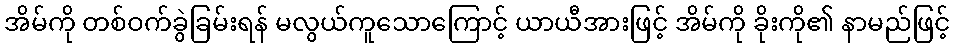
အိမ်ကို တစ်ဝက်ခွဲခြမ်းရန် မလွယ်ကူသောကြောင့် ယာယီအားဖြင့် အိမ်ကို ခိုးကို၏ နာမည်ဖြင့်